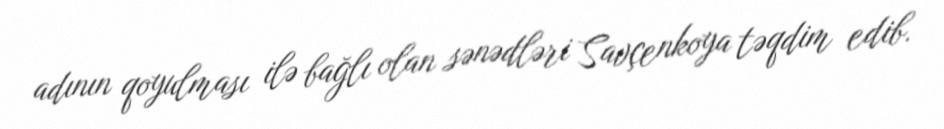
adının qoyulması ilə bağlı olan sənədləri Savçenkoya təqdim edib.